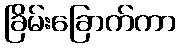
ခြိမ်းခြောက်ကာ